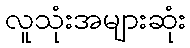
လူသုံးအများဆုံး